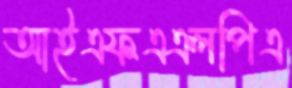
আইএফএএলপিএ